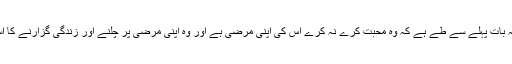
محبوب کے لئے یہ بات پہلے سے طے ہے کہ وہ محبت کرے نہ کرے اُس کی اپنی مرضی ہے اور وہ اپنی مرضی پر چلنے اور زندگی گزارنے کا استحقاق رکھتا ہے ۔